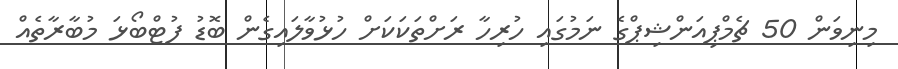
މިނިވަން 50 ޗެމްޕިއަންޝިޕްގެ ނަމުގައި ހުރިހާ ރަށްތަކަކަށް ހުޅުވާލައިގެން ބޮޑު ފުޓްބޯޅަ މުބާރާތެއް